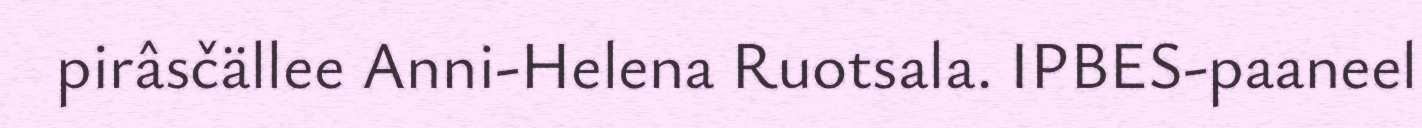
pirâsčällee Anni-Helena Ruotsala. IPBES-paaneel